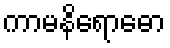
ကာမနိရောဓော